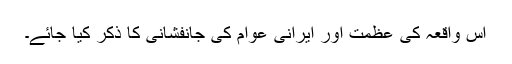
اس واقعہ کی عظمت اور ایرانی عوام کی جانفشانی کا ذکر کیا جائے۔